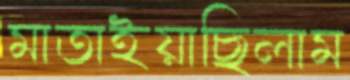
মাতাইয়াছিলাম